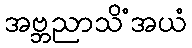
အဗ္ဘညာသိံအယံ